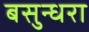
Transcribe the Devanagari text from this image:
बसुन्धरा